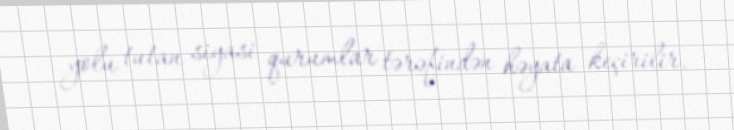
yolu tutan siyasi qurumlar tərəfindən həyata keçirilir.